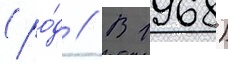
(ро́д // В 1968)